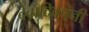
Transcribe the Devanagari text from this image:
देवादिकांनी